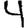
Digit: 4